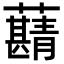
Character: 𧃠